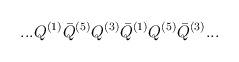
LaTeX: \begin{align*}...Q^{(1)}{\bar Q}^{(5)}Q^{(3)}{\bar Q}^{(1)}Q^{(5)}{\bar Q}^{(3)}...\end{align*}